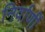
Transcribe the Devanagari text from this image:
निर्वाणीं